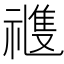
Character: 𥛭